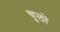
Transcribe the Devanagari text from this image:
चुलो